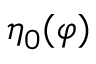
\eta _ { 0 } ( \varphi )